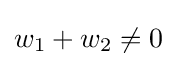
w_{1}+w_{2}\neq 0